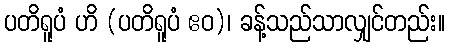
ပတိရူပံ ဟိ (ပတိရူပံ ဧဝ)၊ ခန့်သည်သာလျှင်တည်း။